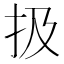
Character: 扱